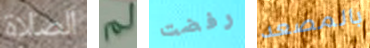
الصلاة لم رفضت بالمصعد